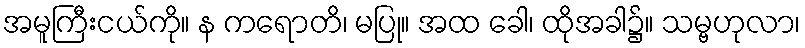
အမူကြီးငယ်ကို။ န ကရောတိ၊ မပြု။ အထ ခေါ၊ ထိုအခါ၌။ သမ္ဗဟုလာ၊